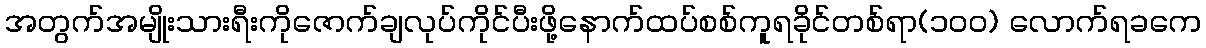
အတွက်အမျိုးသားရီးကိုဇောက်ချလုပ်ကိုင်ပီးဖို့နောက်ထပ်စစ်ကူရခိုင်တစ်ရာ(၁၀၀) လောက်ရခကေ